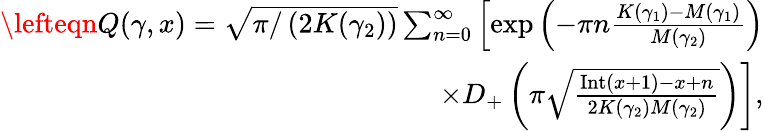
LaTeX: \begin{array}{r}{\lefteqn Q(\gamma,x)=\sqrt{\pi/\left(2K(\gamma_{2})\right)}\sum_{n=0}^{\infty}\left[\exp\left(-\pi{n}\frac{K(\gamma_{1})-M(\gamma_{1})}{M(\gamma_{2})}\right)\right.}\\ {\left.\times D_{+}\left(\pi\sqrt{\frac{\mathrm{Int}(x+1)-x+n}{2K(\gamma_{2})M(\gamma_{2})}}\right)\right],}\end{array}